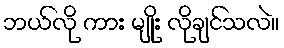
ဘယ်လို ကား မျိုး လိုချင်သလဲ။